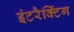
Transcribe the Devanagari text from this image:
इंटरैक्टिंग